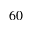
_ { 6 0 }